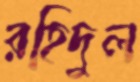
রহিদুল